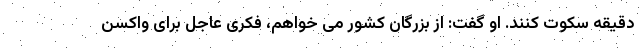
دقیقه سکوت کنند. او گفت: از بزرگان کشور می خواهم، فکری عاجل برای واکسن